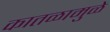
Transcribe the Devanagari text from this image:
कातळामुळे